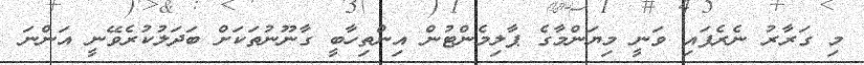
މި ގަރާރު ނެރެފައި ވަނީ މިޔަންމާގެ ޕާލިމެންޓުން އިންތިހާބީ ގާނޫނުތަކަށް ބަދަލުކުރެވޭނީ އަންނަ